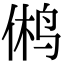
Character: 鸺